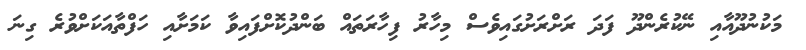
މަކުނުދޫއާއި ނޭކުރެންދޫ ފަދަ ރަށްރަށުގައިވެސް މިހާރު ފިހާރަތައް ބަންދުކޮށްފައިވާ ކަމަށާއި ހަފްތާއަކަށްވުރެ ގިނަ